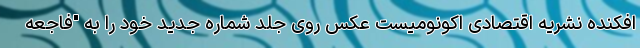
افکنده نشریه اقتصادی اکونومیست عکس روی جلد شماره جدید خود را به "فاجعه